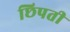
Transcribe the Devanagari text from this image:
छिपती